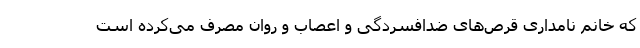
که خانم نامداری قرص‌های ضدافسردگی و اعصاب و روان مصرف می‌کرده است